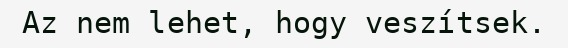
Az nem lehet, hogy veszítsek.